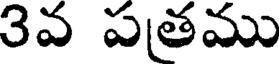
3వ పతము